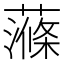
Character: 𧀝